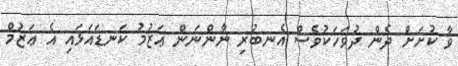
ވާ ކުށަށް ދެން ދުވަހަކުވެސް އެނބުރި ނާންނަން ޢަޒުމު ކަނޑައަޅައި އެ ޢަޒުމް